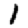
Digit: 1